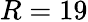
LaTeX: R=19